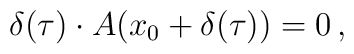
\delta(\tau) \cdot A(x_0 + \delta(\tau)) = 0 \, ,